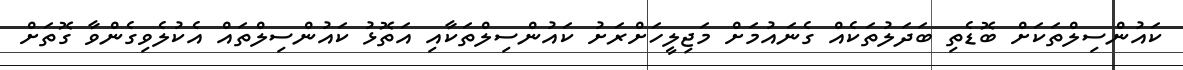
ކައުންސިލްތަކަށް ބޮޑެތި ބަދަލުތަކެއް ގެނައުމަށް މަޖިލީހަށްރަށު ކައުންސިލްތަކާއި އަތޮޅު ކައުންސިލްތައް އެކުލެވިގެންވާ ގޮތަށް